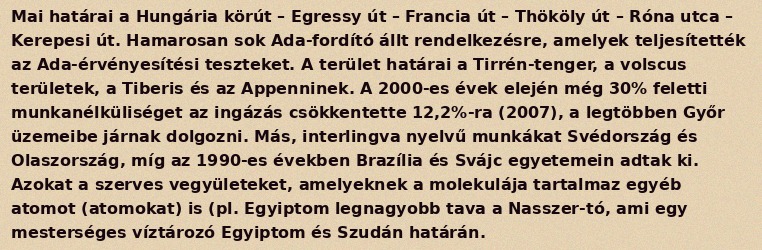
Mai határai a Hungária körút – Egressy út – Francia út – Thököly út – Róna utca – Kerepesi út. Hamarosan sok Ada-fordító állt rendelkezésre, amelyek teljesítették az Ada-érvényesítési teszteket. A terület határai a Tirrén-tenger, a volscus területek, a Tiberis és az Appenninek. A 2000-es évek elején még 30% feletti munkanélküliséget az ingázás csökkentette 12,2%-ra (2007), a legtöbben Győr üzemeibe járnak dolgozni. Más, interlingva nyelvű munkákat Svédország és Olaszország, míg az 1990-es években Brazília és Svájc egyetemein adtak ki. Azokat a szerves vegyületeket, amelyeknek a molekulája tartalmaz egyéb atomot (atomokat) is (pl. Egyiptom legnagyobb tava a Nasszer-tó, ami egy mesterséges víztározó Egyiptom és Szudán határán.